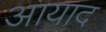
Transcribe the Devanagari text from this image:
आयाद